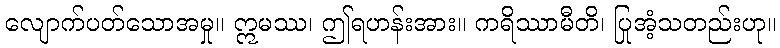
လျောက်ပတ်သောအမှု။ ဣမဿ၊ ဤရဟန်းအား။ ကရိဿာမီတိ၊ ပြုအံ့သတည်းဟု။